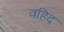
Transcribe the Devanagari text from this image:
वहिद